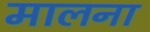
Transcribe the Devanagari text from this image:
मालना